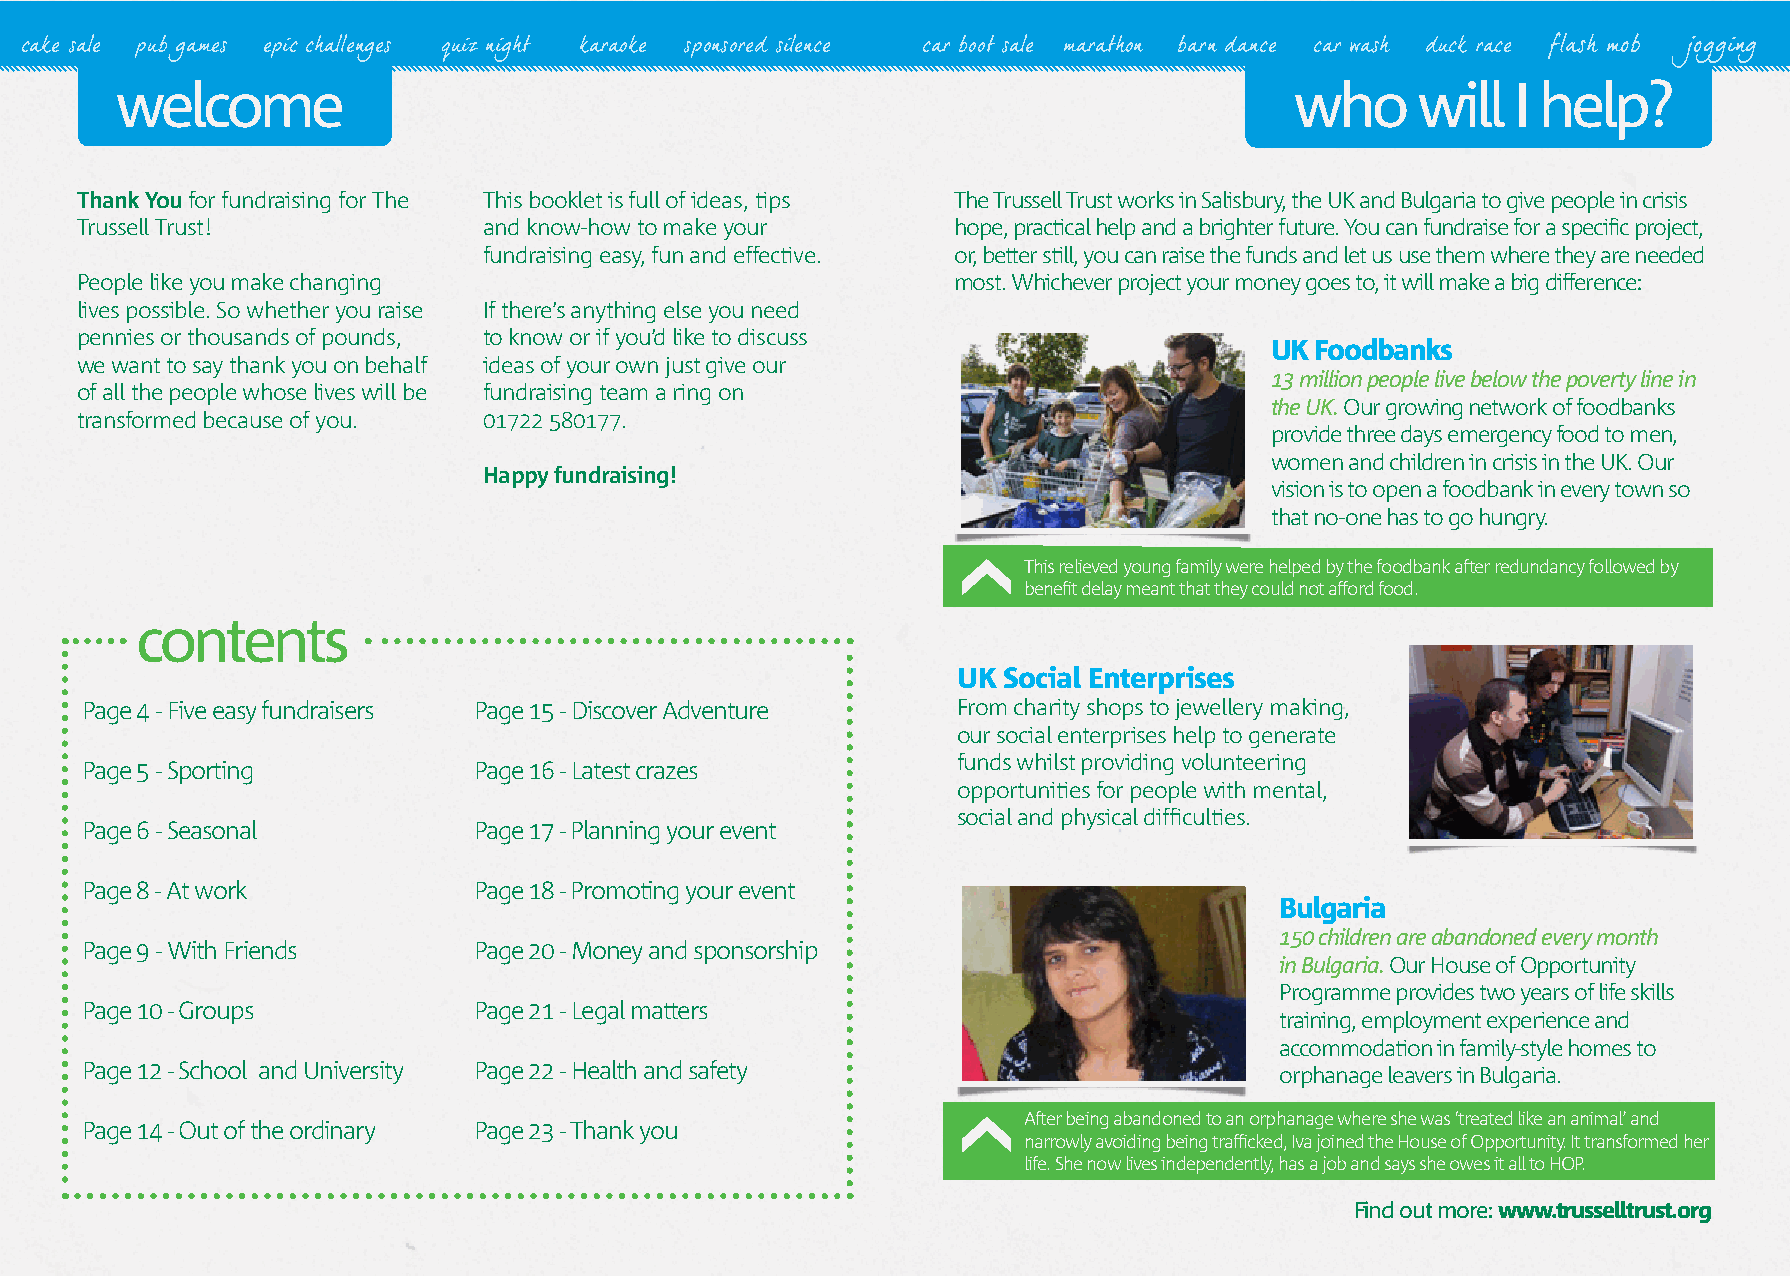
cake sale pub games epic challenges quiz night karaoke sponsored silence car boot sale marathon barn dance car wash duck race flash mob jogging
 welcome                                                                       who     will  I help?
 Thank You for fundraising for The This booklet is full of ideas, tips The Trussell Trust works in Salisbury, the UK and Bulgaria to give people in crisis
 Trussell Trust!            and know-how to make your      hope, practical help and a brighter future. You can fundraise for a specific project,
 fundraising easy, fun and effective. or, better still, you can raise the funds and let us use them where they are needed
 People like you make changing                             most. Whichever project your money goes to, it will make a big difference:
 lives possible. So whether you raise If there’s anything else you need
 pennies or thousands of pounds, to know or if you’d like to discuss
 UK Foodbanks
 we want to say thank you on behalf ideas of your own just give our
 13 million people live below the poverty line in
 of all the people whose lives will be fundraising team a ring on
 the UK. Our growing network of foodbanks
 transformed because of you. 01722 580177.
 provide three days emergency food to men,
 women and children in crisis in the UK. Our
 Happy fundraising!
 vision is to open a foodbank in every town so
 that no-one has to go hungry.
 This relieved young family were helped by the foodbank after redundancy followed by
 benefit delay meant that they could not afford food.
 contents
 UK Social Enterprises
 Page 4 - Five easy fundraisers Page 15 - Discover Adventure From charity shops to jewellery making,
 our social enterprises help to generate
 funds whilst providing volunteering
 Page 5 - Sporting         Page 16 - Latest crazes
 opportunities for people with mental,
 social and physical difficulties.
 Page 6 - Seasonal         Page 17 - Planning your event
 Page 8 - At work          Page 18 - Promoting your event
 Bulgaria
 150 children are abandoned every month
 Page 9 - With Friends     Page 20 - Money and sponsorship
 in Bulgaria. Our House of Opportunity
 Programme provides two years of life skills
 Page 10 - Groups          Page 21 - Legal matters
 training, employment experience and
 accommodation in family-style homes to
 Page 12 - School and University Page 22 - Health and safety                     orphanage leavers in Bulgaria.
 After being abandoned to an orphanage where she was ‘treated like an animal’ and
 Page 14 - Out of the ordinary Page 23 - Thank you
 narrowly avoiding being trafficked, Iva joined the House of Opportunity. It transformed her
 life. She now lives independently, has a job and says she owes it all to HOP.
 Find out more: www.trusselltrust.org